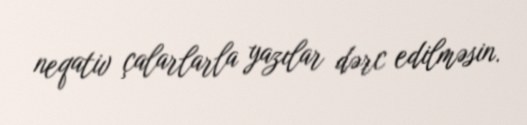
neqativ çalarlarla yazılar dərc edilməsin.